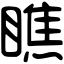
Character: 瞧